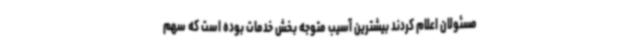
مسئولان اعلام کردند بیشترین آسیب متوجه بخش خدمات بوده است که سهم